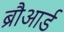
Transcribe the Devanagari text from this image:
ब्रौआर्ड